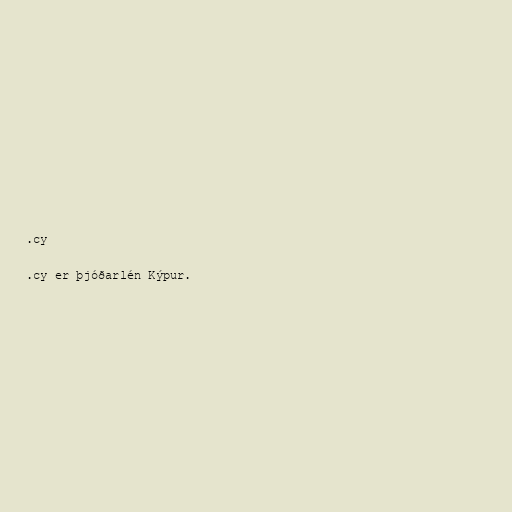
.cy

.cy er þjóðarlén Kýpur.